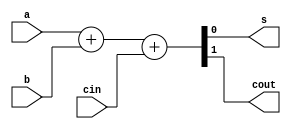
`timescale 1ns / 1ps

module fa (
    input a, b, cin,
    output s, cout
);

    assign {cout, s} = a + b + cin;
    
endmodule

module fac (
    input clk, enable,
    input a, b, cin,
    output reg s, cout
);

    always @(posedge clk) begin
        if (enable) begin
            {cout, s} <= a + b + cin;
        end
    end
    
endmodule